Annual statistical returns and brief notes on vaccination in Bengal - 1896-1909
Year: 1896
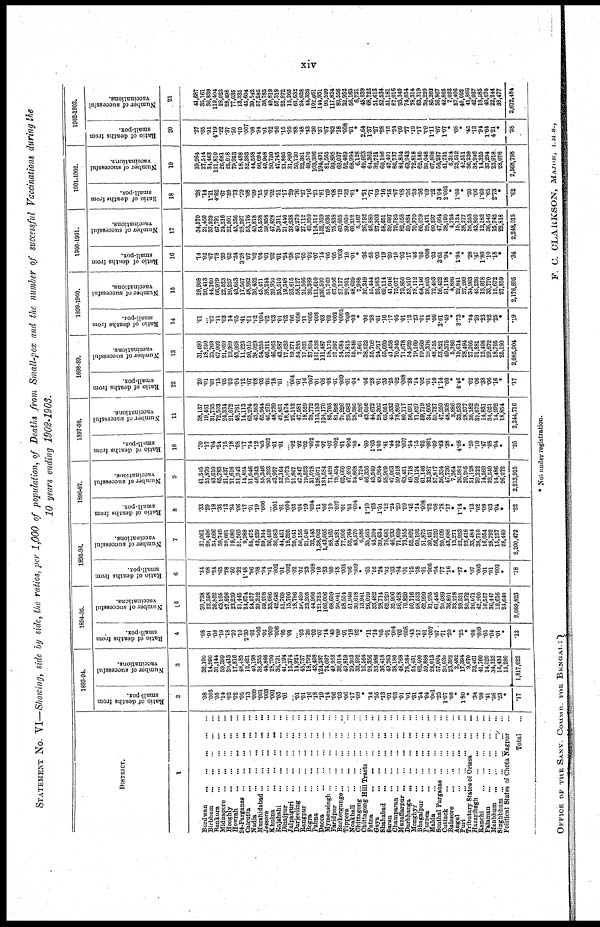
xiv
STATEMENT No. VI—Showing, side by side, the ratios, per 1,000 of population, of Deaths from Small-pox and the number of successful Vaccinations during the
10 years ending 1902-1903.
DISTRICT.
1
Burdwan...
...
...
...
...
Birbhum...
...
...
...
...
Bankura...
...
...
...
...
Midnapore...
...
...
...
...
Hooghly...
...
...
...
...
Howrah...
...
...
...
...
24-Parganas... ... ... ... ...
Calcutta... ... ... ... ...
Nodia... ... ... ... ...
Murshidabad...
...
...
...
...
Jessore...
...
...
...
...
Khulna...
...
...
...
...
Rajshahi...
...
...
...
...
Dinajpur... ... ... ... ...
Jalpaiguri... ... ... ...
Darjeeling... ... ... ... ...
Rangpur...
...
...
...
...
Bogra... ... ... ... ...
Pabna... ... ... ... ...
Dacca... ... ... ... ...
Mymensingh...
...
...
...
Faridpur...
...
...
...
...
Backergunge... ... ... ... ... ...
Tippera... ... ... ... ...
Noakhali... ... ... ... ...
Chittagong... ... ... ... ...
Chittagong Hill Tracts... ... ... ... ...
Patna... ... ... ... ... ...
Gaya... ... ... ... ...
Shahabad... ... ... ... ...
Saran...
...
...
...
...
Champaran... ... ... ... ...
Muzaffarpur... ... ... ... ...
Darbhanga...
...
...
...
...
Monghyr... ... ... ... ...
Bhagalpur... ... ... ... ...
Purnea... ... ... ... ... ...
Malda...
...
...
...
...
...
Sonthal Parganas. . . ... ... ...
Cuttack...
...
...
...
...
...
Balasore... ... ... ... ... ...
Angul... ... ... ... ...
Puri... ... ... ... ...
Tributary States of Orissa... ... ... ... ...
Hazanbagh... ... ... ... ...
Ranchi...
...
...
...
...
...
Palamau... ... ... ... ... ...
Manbhum... ... ... ... ...
Singhbhum... ... ... ... ... ...
Political States of Chota Nagpur...
Total... ... ...
1893-94.
Ratio of deaths from
small-pox.
2
.08
.003
.05
.14
.02
.02
.05
.13
.009
.001
.003
.001
.03
.01
... .01
.01
.16
.18
.19
.14
.06
.03
.06
.17
.09
*
.14
.55
.13
.01
.03
.01
.01
.31
.04
.04
.001
.25
1.07
.08
*
1.80
*
.34
.08
.41
.56
.23
*
.17
Number of successful
vaccinations.
3
32,100
14,996
31,144
59,399
20,413
17,816
48,485
12,421
40,198
38,355
44,846
28,790
36,731
41,194
15,374
14,924
45,757
18,792
43,408
124,387
74,097
49,958
32,014
49,810
29,303
33,592
16,564
28,356
33,986
36,418
49,263
38,180
48,768
78,384
54,451
62,400
59,888
28,013
57,004
20,030
23,392
2,482
17,394
9,670
33,461
41,760
14,020
34,123
15,431
15,280
1,817,022
1894-95.
Ratio of deaths from
small-pox.
4
.08
.01
.08
.19
.18
.20
.10
2.30
.02
.005
.02
.009
.006
.05
.01
... .03
.26
.02
.07
.14
.45
.09
.01
.18
.02
*
.11
.14
.05
.01
.004
.02
.008
.43
.17
.01
.007
.07
.71
.20
*
.25
*
.08
.009
.05
.04
.01
*
.13
Number of successful
vaccinations.
5
39,738
22,598
26,852
63,105
27,826
23,239
51,445
24,674
54,577
39,322
59,208
33,086
42,648
51,760
15,706
18,796
56,420
23,205
44,966
121,723
106,006
68,659
50,041
58,554
51,940
30,618
13,941
26,020
33,482
28,714
62,220
35,906
56,428
70,820
50,716
58,533
62,999
31,295
61,445
20,089
36,801
33,278
20,521
20,372
26,071
42,200
16,557
36,447
13,616
24,640
2,089,823
1895-96.
Ratio of deaths from
small-pox.
6
.34
.08
.24
.65
.28
.50
.32
1.48
.06
.08
.04
.01
.002
.01
.002
.02
.02
.23
.008
.10
.23
.60
.18
.005
.06
.009
*
.65
.16
.24
.02
.03
.04
.01
.15
.08
.01
.006
.04
.77
.16
*
.27
*
.07
.003
.01
.01
.003
*
.18
Number of successful
vaccinations.
7
31,061
20,406
34,066
59,749
20,601
19,080
51,569
9,988
55,475
42,239
59,344
36,459
36,983
44,451
18,395
20,041
50,155
21,048
32,148
1,38,062
1,43,005
88,165
64,281
77,906
52,764
43,570
6,586
35,565
43,204
39,634
76,681
46,233
71,609
73,955
50,892
60,192
51,875
30,451
56,529
20,099
43,688
13,271
22,933
23,418
33,484
38,710
16,054
28,792
15,157
28,449
2,200,472
1896-97.
Ratio of deaths from
small-pox.
8
.33
.29
.18
.35
.13
.24
.06
.17
.01
.19
.006
... .001
.01
.004
.03
.04
.19
.004
.11
.06
.10
.007
.01
.01
.004
*
1.10 .63
1.51
.12
.24
.20
.09
.42
.14
.008
.02
.08
.78
.17
*
1.14
*
.13
.02
.09
.03
.04
*
.22
Number of successful
vaccinations.
9
41,345
25,870
43,610
65,783
21,437
21,616
51,943
14,424
51,046
46,343
55,346
30,293
43,957
52,164
19,073
21,867
47,847
19,523
31,078
128,071
134,584
71,428
78,434
62,660
47,490
54,668
6,724
46,336
43,549
49,964
58,969
47,063
59,018
63,451
49,718
59,124
61,146
32,387
57,817
36,354
47,736
7,264
26,982
20,205
31,128
39,222
14,560
32,540
14,486
26,272
2,213,915
1897-98.
Ratio of deaths from
small-pox.
10
.30
.17
.04
.24
.15
.18
.08
.17
.14
.12
.03
.002
.01
.01
... .02
.02
.02
.002
.04
.07
.07
.002
.01
.004
.05
*
.60
1.03
1.00
.41
.44
.02
.007
.54
.15
.02
.001
.09
.62
.38
*
4.08
*
.20
.10
.47
.08
.04
*
.25
Number of successful
vaccinations.
11
38,137
19,461
31,735
72,503
24,334
21,072
48,761
14,113
65,204
43,563
65,944
46,275
48,739
42,851
18,474
22,112
47,581
18,529
38,772
115,133
124,170
85,705
81,898
70,226
29,682
28,395
5,826
43,056
44,672
28,302
65,051
45,332
78,809
80,717
56,091
71,627
59,719
34,605
53,727
47,550
48,308
3,886
33,533
28,577
30,182
39,079
14,831
34,021
14,992
18,854
2,244,716
1898-99.
Ratio of deaths from
small-pox.
12
.20
.01
.01
.15
.05
.03
.04
.12
.07
.08
.03
.03
.18
.01
... .004
.01
.16
.007
.01
.05
.08
.01
.009
.01
.04
*
.06
.28
.01
.35
.25
.02
.008
.28
.14
.02
.01
.10
1.14
.60
*
4.46
*
.02
.06
.38
.06
.16
*
.17
Number of successful
vaccinations.
13
31,490
18,250
25,769
67,002
21,959
19,369
43,068
11,223
50,015
38,029
54,255
46,311
46,065
43,687
17,620
19,271
54,285
17,021
37,894
111,526
111,487
58,175
57,097
54,684
31,815
55,848
7,861
38,522
55,708
24,917
55,660
41,458
70,345
71,678
54,920
79,169
59,569
29,376
48,755
53,821
49,375
5,386
19,614
28,494
27,205
31,881
15,408
29,672
18,705
25,190
2,085,904
1899-1900.
Ratio of deaths from
small-pox.
14
.01
... .07
.11
.03
14
.05
.41
.01
.02
.004
.02
.03
.01
.03
.06
.008
.11
.005
.008
.03
.02
.002
.0005
.009
.03
*
.06
.28
.01
.16
.17
.05
.01
.12
.23
.01
.01
.06
3.01
.49
*
3.73
*
.04
.20
.23
.02
.25
*
.19
Number of successful
vaccinations.
15
29,908
20,413
44,760
66,979
22,523
20,257
43,653
17,567
48,862
36,432
45,471
38,244
39,950
35,510
19,548
23,615
58,127
21,566
30,389
111,610
136,500
51,769
67,006
57,177
29,951
48,629
7,988
36,349
55,444
22,983
69,114
41,046
75,077
73,850
53,910
78,112
64,146
26,003
72,403
56,422
51,118
4,896
22,841
27,299
34,963
45,236
13,978
33,770
15,672
27,859
2,176,895
1900-1901.
Ratio of deaths from
small-pox.
16
.14
.02
.67
.78
.39
.65
.34
3.28
.07
.02
.04
.01
.02
.01
.24
.38
.01
.05
.02
.07
.14
.05
.05
.003
.10
.01
*
.36
.55
.03
.19
.29
.10
.03
.17
.46
.05
.008
.03
3.65
.94
*
1.84
*
.28
.47
1.80
.10
.18
*
.34
Number of successful
vaccinations.
17
34,570
21,450
37,929
67,791
24,216
22,501
43,356
28,397
53,176
40,818
54,538
89,958
47,828
39,311
21,440
33,638
49,270
27,112
40,950
114,512
152,959
58,036
75,838
60,605
39,060
60,312
5,367
26,792
46,880
27,303
58,651
39,697
79,785
82,058
59,884
70,970
60,029
29,471
60,237
47,664
38,190
4,724
15,124
38,277
36,253
43,800
12,182
36,546
15,742
22,818
2,248,015
1901-1902.
Ratio of deaths from
small-pox.
18
.28
.14
1.21
4.82
.67
.59
.73
.79
.08
.09
.15
.03
.02
.51
.17
.29
.76
.27
.16
.21
.81
.09
.08
.12
.32
.01
*
1.21
.71
.09
.16
.15
.07
.08
.36
.33
.36
.09
.22
3.04
2.005
*
1.05
*
.30
.06
1.60
.65
2.73
*
.62
Number of successful
vaccinations.
19
39,994
27,544
34,463
101,810
26,681
25,018
79,953
18,488
52,383
44,558
56,094
40,908
50,750
47,745
21,895
31,899
50,730
22,361
49,570
103,306
194,491
81,565
99,895
69,037
52,469
68,994
6,128
49,023
64,362
32,721
60,106
47,401
86,737
84,804
63,943
72,818
62,145
30,048
67,808
56,287
41,731
5,314
23,512
42,511
36,239
38,946
14,325
37,294
23,918
28,076
2,568,798
1902-1903.
Ratio of deaths from
small-pox.
20
.27
.05
.91
4.19
.22
.37
.50
.10
.007
.08
.04
.01
.02
.56
.15
.05
.88
.48
.43
.30 .37
.07
.03
.18
.008
.01
*
2.64
1.37
.27
.28
.15
.24
.09
.77
.19
.17
.09
1.11
.87
1.07
*
.68
*
.45
.13
.94
1.64
4.21
*
.58
Number of successful
vaccinations.
21
41,687
35,161
36,839
119,404
28,023
28,498
77,035
13,335
45,604
39,542
57,285
38,783
49,819
57,319
22,972
15,265
61,632
24,628
44,326
102,061
144,931
95,520
117,824
80,556
32,952
56,165
6,721
45,039
68,722
51,613
52,534
51,181
87,016
93,340
74,054
78,314
63,319
30,220
85,203
56,867
42,865
7,033
57,406
40,092
41,866
42,937
18,585
49,670
22,244
38,477
2,672,484
* Not under registration.
OFFICE OF THE SANY. COMMR. FOR BENGAL;
F. C. CLARKSON, MAJOR, I.M.S.,